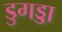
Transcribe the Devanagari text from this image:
डुगड्डा